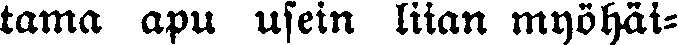
tama apu usein liian myöhäi-